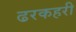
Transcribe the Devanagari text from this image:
ढरकहरी